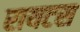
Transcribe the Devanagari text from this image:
रायटस